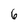
Character: 6